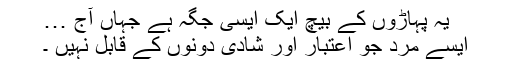
یہ پہاڑوں کے بیچ ایک ایسی جگہ ہے جہاں آج …
ایسے مرد جو اعتبار اور شادی دونوں کے قابل نہیں ۔